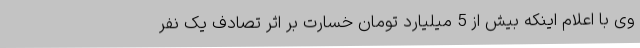
وی با اعلام اینکه بیش از 5 میلیارد تومان خسارت بر اثر تصادف یک نفر